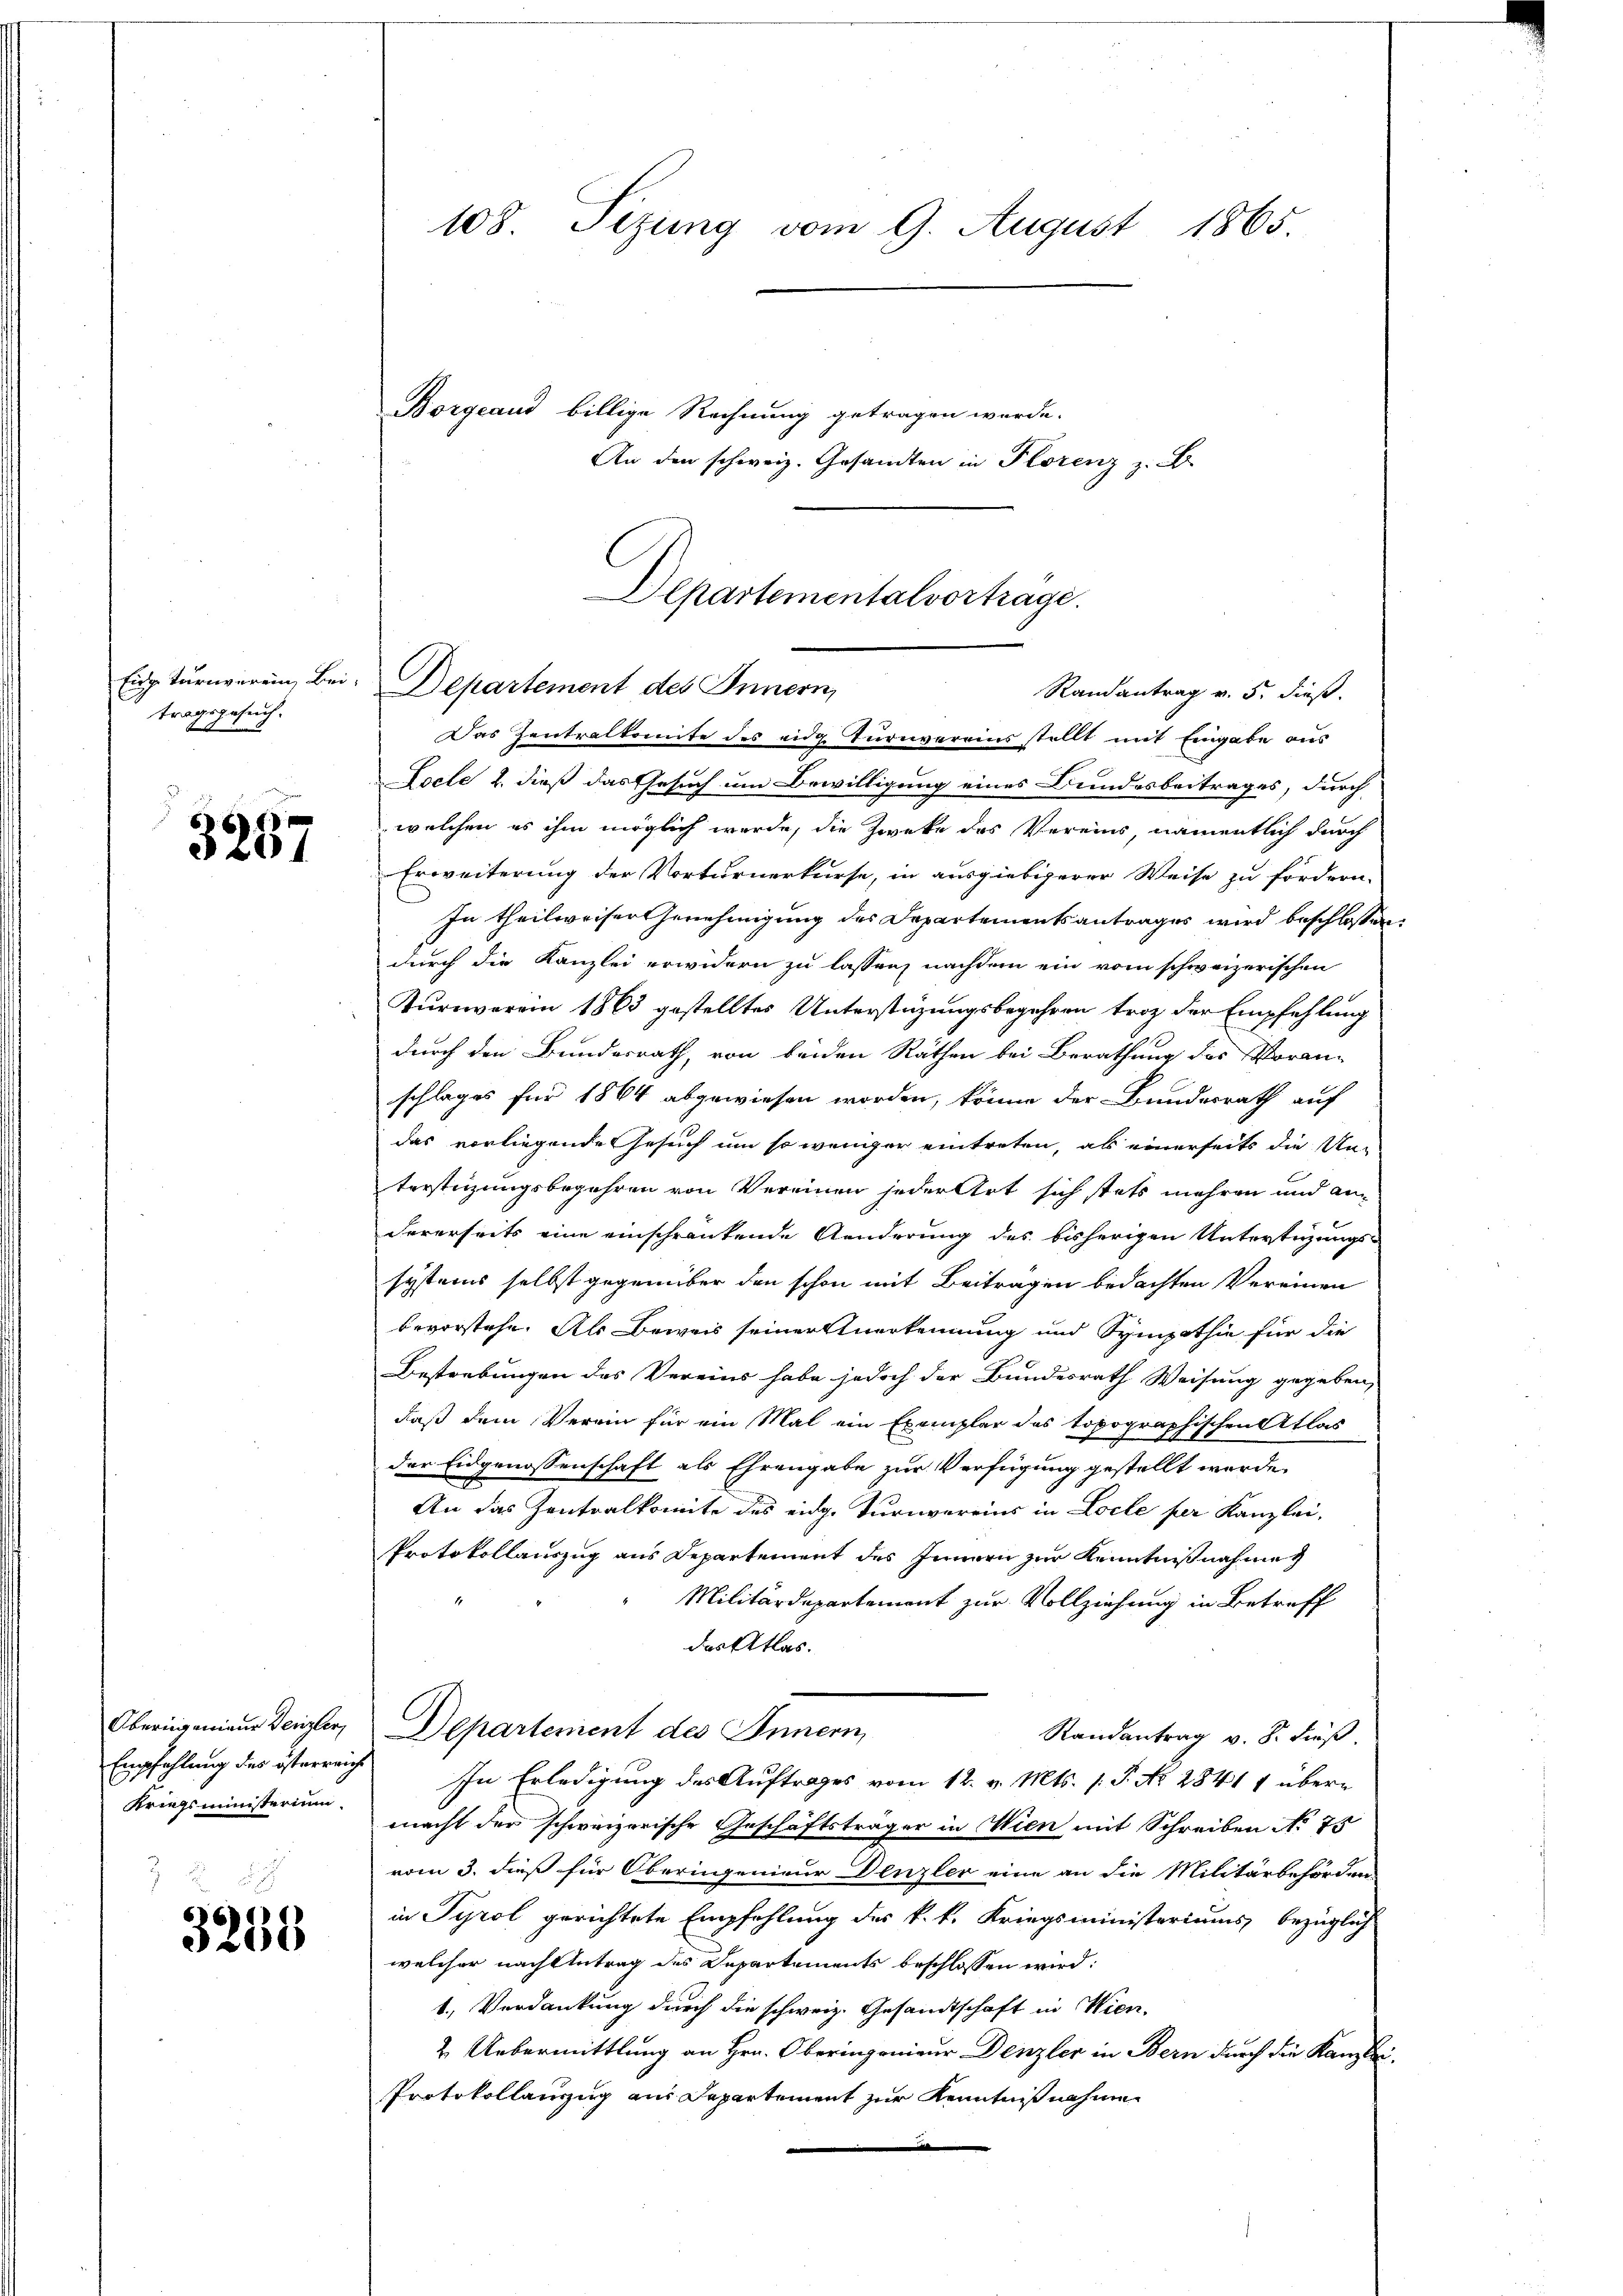
Eide Turnverein Bei-
tragsgesuch.

3257

Oberingenieur Denzler,
Empfehlung des österreich
Kriegsministerium

3258

108 Sitzung vom 9. August 1865.

Borgeaud billige Rechnung getragen würde.

An den schweiz. Gesandten in Florenz z. B.

Departementalvortrage.
Departement des Innern,
Randantrag v. 5. dieß.

Das Zentralkomite des eidg Turnvereins stellt mit Eingabe aus
Leele 2. dieß das Gesuch um Bewilligung eines Bundesbeitrages, durch
welchen es ihm möglich werde, die Zwecke des Vereins namentlich durch
Erweiterung der Vorturnerkurse, in ausgiebigerer Weise zu fördern.
In theilweiser Genehmigung des Departementsantrages wird beschlossen:
durch die Kanzlei erwidern zu lassen, nachdem ein vom schweizerischen
6
Kurnverein 1863 gestelltes Unterstüzungsbegehren trotz der Empfehlung
durch den Bundesrath, von beiden Räthen bei Berathung des Voran-
schlages für 1864 abgewiesen worden, könne der Bundesrath auf
das vorliegende Gesuch um so weniger eintreten, als einerseits die Unterstüzungsbegehren von Vereinen jeder Art sich stets mehren und an
dererseits eine einschrankende Aenderung des bisherigen Unterstüzungs-
systems selbst gegenüber den schon mit Beitragen bedachten Vereinen
bevorstehe. Als Beweis seiner Anerkennung und Sympathie für die
Bestrebungen des Vereins habe jedoch der Bundesrath Weisung gegeben,
daß dem Verein für ein Mal ein Exemplar des topographischen Atlas
der Eidgenossenschaft als Ehrengabe zur Verfügung gestellt werde.
An das Zentralkomite des eidg. Turnvereins in Locle per Kanzlei,
Protokollauszug aus Departement des Innern zur Kenntnißnahme
Militärdepartement zur Vollziehung in Betreff
des Atlas.
Departement des Innern,
Randantrag v. 8. dieß.
In Erledigung des Auftrages vom 12. v. Mts. s. S. No. 2841 1 übermacht der schweizerische Geschäftsträger in Wien mit Schreiben No 75
vom 3. dieß für Oberingenieur Denzler eine an die Militärbeförden
in Tyrol gerichtete Empfehlung des k. k. Kriegsministeriums bezüglich
welcher nachtetrag des Departements beschlossen wird:
1. Verdankung durch die schweiz. Gesandtschaft in Wien,
2. Uebermittlung an Hrn. Oberingenieur Denzler in Bern durch die Kanzlei-
Protokollanzug aus Departement zur Kenntniß nahme